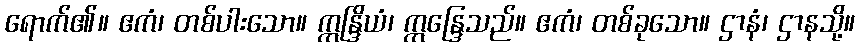
ရောက်၏။ ဧကံ၊ တစ်ပါးသော။ ဣန္ဒြိယံ၊ ဣန္ဒြေသည်။ ဧကံ၊ တစ်ခုသော။ ဌာနံ၊ ဌာနသို့။